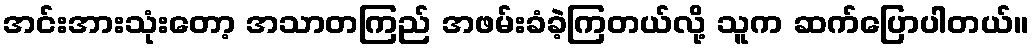
အင်းအားသုံးတော့ အသာတကြည် အဖမ်းခံခဲ့ကြတယ်လို့ သူက ဆက်ပြောပါတယ်။